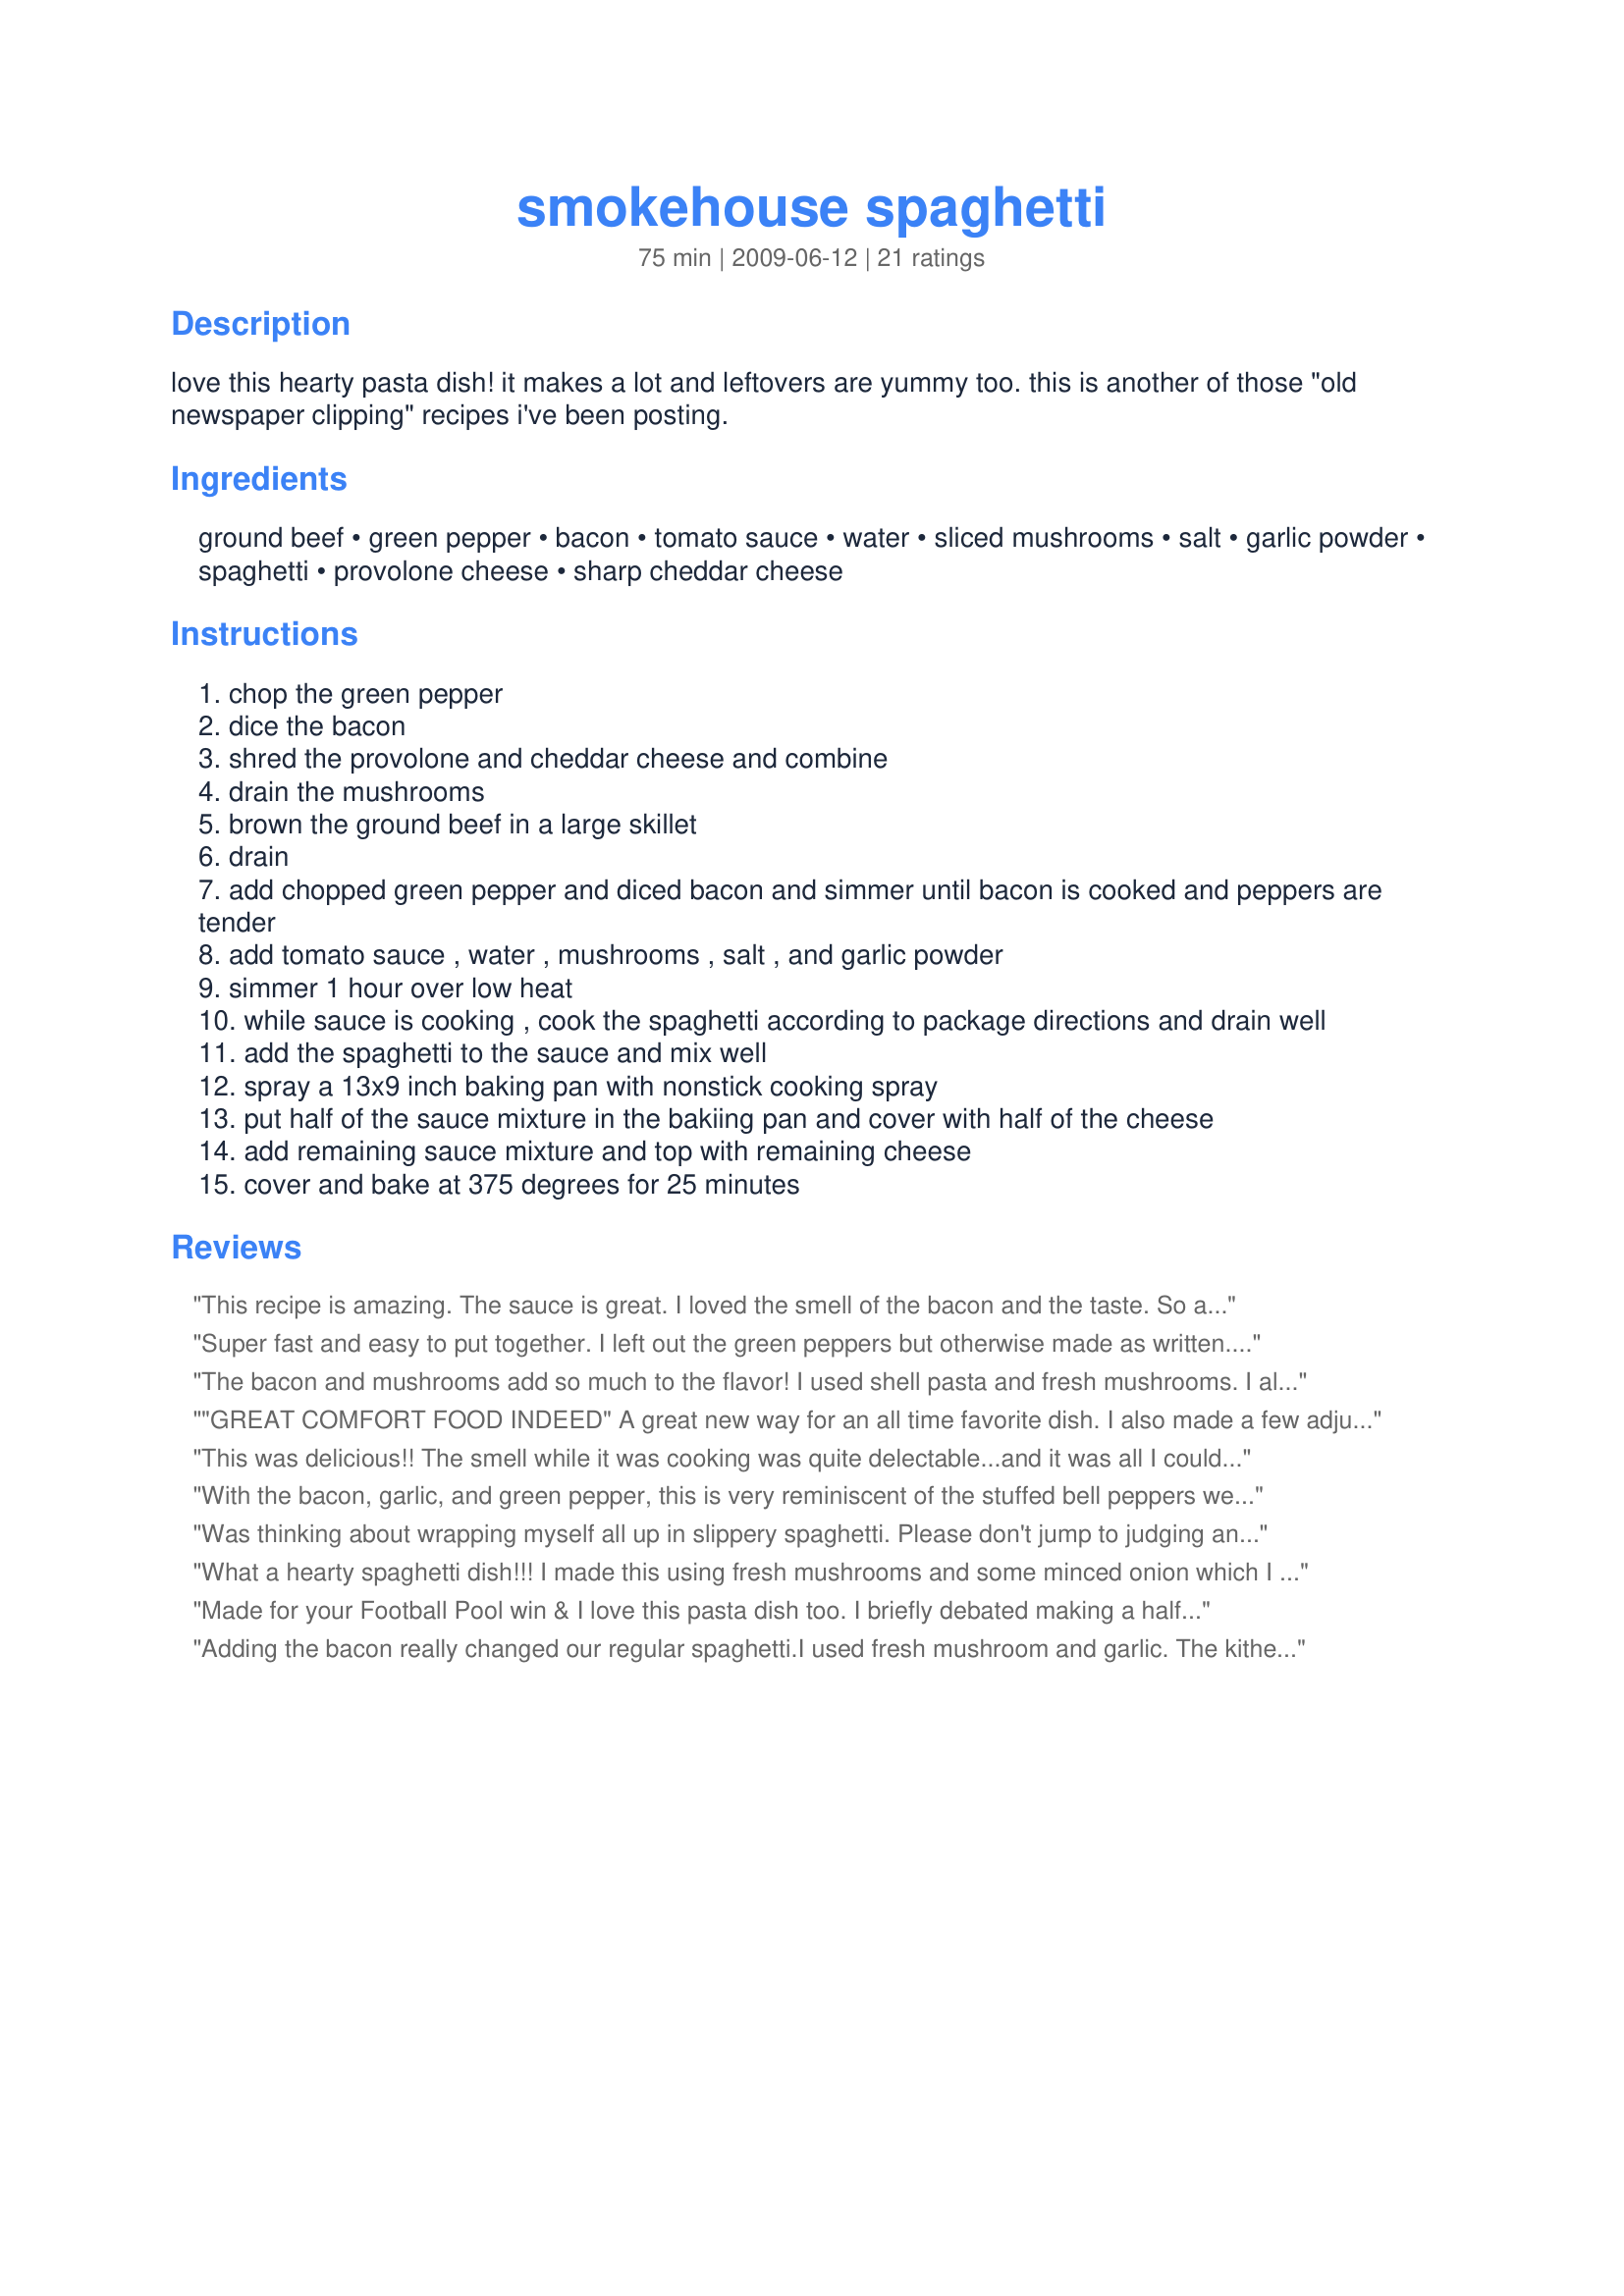
smokehouse spaghetti
Preparation time: 75 minutes

love this hearty pasta dish! it makes a lot and leftovers are yummy too. this is another of those "old newspaper clipping" recipes i've been posting.

Ingredients:
ground beef, green pepper, bacon, tomato sauce, water, sliced mushrooms, salt, garlic powder, spaghetti, provolone cheese, sharp cheddar cheese

Steps:
chop the green pepper
dice the bacon
shred the provolone and cheddar cheese and combine
drain the mushrooms
brown the ground beef in a large skillet
drain
add chopped green pepper and diced bacon and simmer until bacon is cooked and peppers are tender
add tomato sauce , water , mushrooms , salt , and garlic powder
simmer 1 hour over low heat
while sauce is cooking , cook the spaghetti according to package directions and drain well
add the spaghetti to the sauce and mix well
spray a 13x9 inch baking pan with nonstick cooking spray
put half of the sauce mixture in the bakiing pan and cover with half of the cheese
add remaining sauce mixture and top with remaining cheese
cover and bake at 375 degrees for 25 minutes

Reviews:
This recipe is amazing. The sauce is great. I loved the smell of the bacon and the taste. So addictive. I used red bell pepper. A little bit more tomato sauce to not waste and added a little more water. I used fresh mushrooms (8 ounces), omitted the salt. Thanks Loof :) Made for PRMR tag game
Super fast and easy to put together. I left out the green peppers but otherwise made as written. The bacon gave it a nice salty flavor. Made for Zaar Stars.
The bacon and mushrooms add so much to the flavor! I used shell pasta and fresh mushrooms. I also left out the salt, because the bacon and cheese added enough saltiness. A delicious, hearty casserole. Made for Please Review My Recipe Tag.
"GREAT COMFORT FOOD INDEED" A great new way for an all time favorite dish. I also made a few adjustments, I used fresh mushrooms, shell pasta and did add a little more water plus a couple of scoops of pasta water as well to the mixture, other than that made as written. I forgot to cover while baking but it didn't affect the out come. Next time I will use spaghetti, this is a keeper and will go into my "Best of 2012 Cookbook" and made often. Thanks!
This was delicious!!
The smell while it was cooking was quite delectable...and it was all I could do to stop myself loading up a spoon there and then and indulging in all of that smoky,meaty yumminess.
I also used fresh mushrooms,and subbed mozzarella for the provolone.
We really enjoyed this,and I am led to believe that the leftovers were good too...the non pasta loving DH snaffled them for his lunch!!
Thanks loof...this is a keeper!
With the bacon, garlic, and green pepper, this is very reminiscent of the stuffed bell peppers we've enjoyed for years. It's not your standard Italian spaghetti sauce! We used fresh Crimini mushrooms, and our Provolone came sliced, but otherwise followed the recipe exactly and it came out terrific. We did bake it as instructed, but I think it would have been good if the sauce had been simply served over the spaghetti, too. Made as a prize in Top Favorites of 2009.
Was thinking about wrapping myself all up in slippery spaghetti. Please don't jump to judging another's mania too quickly. Try the recipe. Made for #48 A-NZ Recipe Tag.
What a hearty spaghetti dish!!! I made this using fresh mushrooms and some minced onion which I cooked along with the ground beef. I left out the green pepper, family preference. I loved the addition of the bacon, what isn't better with bacon, lol!!! For the cheese, I used a combination of provolone and mozzarella cheeses for a great dinner!!! Thanks Loof!! Made for Stars Tag Game.
Made for your Football Pool win & I love this pasta dish too. I briefly debated making a half recipe for 2 of us, but then decided it would freeze well & be good for unexpected guests or a nite when I didn't want to cook but still wanted tasty comfort food. I admit to 2 sml chgs: For DH, I subbed black olives for the mushrooms. For me, onion seemed oddly missing, so I added it. Congrats on you FP win & thx for sharing this yummy recipe w/us.
Adding the bacon really changed our regular spaghetti.I used fresh mushroom and garlic. The kithen didn't smell like I was cooking spaghetti.so it's a great dish to fool the family.Thanks for sharing.
We really enjoyed this simple, flavorful variation of spaghetti. The bacon adds a smokiness that compliments the rest of the ingredients. This goes together quickly, with ingredients that I usually have on hand. I used whole wheat spaghetti, and Italian tomato sauce with basil, garlic, and oregano. Also, I reduced the salt to 1 teaspoon. Thank you for sharing this wonderful recipe...it is definitely a keeper.<br/>*Made for 2012 Football Pool*
Wonderful! DS just loved this...I had to leave out the green pepper, and only added mushroom to half because of DS, but it was wonderful just as I made it! I did use fresh minced garlic instead of garlic powder. We really loved this! DS is taking the recipe back to college with him to try and impress his roommates! Thanks for sharing.
Lovely smokey, comfort food! I had my doubts - i thought the bacon would make the whole thing too rich, that there wasn't enough sauce for the amount of noodles, yada, yada, yada, Silly me, it all balanced out just right. DH loved that the dish tasted smokey but not obvious that it was from bacon. This isn't an over saucy dish but that keeps it from being overwhelming . I too omitted the mushrooms and green pepper and added onion. I used garlic granules and sliced fresh garlic. I started browning the meat, then tossed in the bacon and onion and cooked them well together. I used a mix of sharp cheddar and mozzarella. We have a keeper! Made for Best of 2010 Tag.
This is very hearty and I loved the bacon flavor. Made the entire recipe of sauce and only half of the pasta along with half of the sauce. The other half of the sauce made it's way to the freezer for a quick meal on a busy night. Thanks for posting this loof. Made for 1~2~3 Hits.
This was a real treat. The health numbers aren't horrible as written but I'm forever trying to keep them as low as possible. I used veggie crumbles for the beef, turkey bacon, whole wheat spaghetti with reduced fat Parmesan and Mozza. I used fresh mushrooms and added some leek slices just because it was in the fridge. It all came out YUM!. Made as a bonus in Photo Tag.
FANTASTIC!!! Though I left out the green pappers, and used whole wheat pasta, this is full of flavors. The bacon and mushrooms really increased the flavor to this. Loved the sauce too. An all around a recipe . Made for PRMR tag.
Made for the Football Pool 2012 game. We loved this dish! It is really good for people who don't like a lot of tomatoes. I added some diced onions with the peppers and ground beef to our dish. Thanks for posting!
This had such a wonderful flavor with the added bacon. However, I did use tomato sauce with basil and garlic which added a lot of flavor I think that otherwise would have been missed. I made half the recipe for the two of us with plenty of leftovers for the weekend. As it cooked for the 1 hour it seemed to dry out a lot so I doubled the sauce about half-way through the 1 hour cooking time and it thickened up perfectly. I wish I had doubled the bacon since I added double the sauce. The flavors were so good and DH loved it. I&#039;ll be making this again Thanks loof.
Very good! I skipped the mushrooms but otherwise made as directed. Wonderful dinner! Thanks for sharing!
YUM! This is so good! I made as posted with the exception of cutting the recipe in half and using fresh mushrooms. We loved the cheese combination. This very well may be the only way I make spaghetti in the future. (except for the quick jar/spaghetti for emergencies). Loved it! Can;t wait for the leftovers. Thanks for posting. :)
Have made this a couple of times now as we were getting bored of bolognese in our house. It does make a generous amount, but is a really tasty and simple to prepare meal. I left out the mushrooms as I am the only one in the house that eats them. This will be a regular on our midweek meal planner now, thanks for posting.
